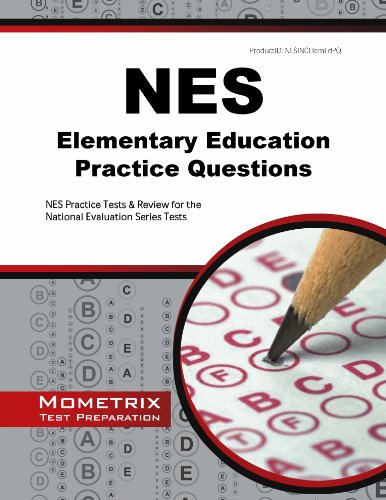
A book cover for NES Elementary Education Practice Questions: NES Practice Tests & Review for the National Evaluation Series Tests; NES Exam Secrets Test Prep Team; Test Preparation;